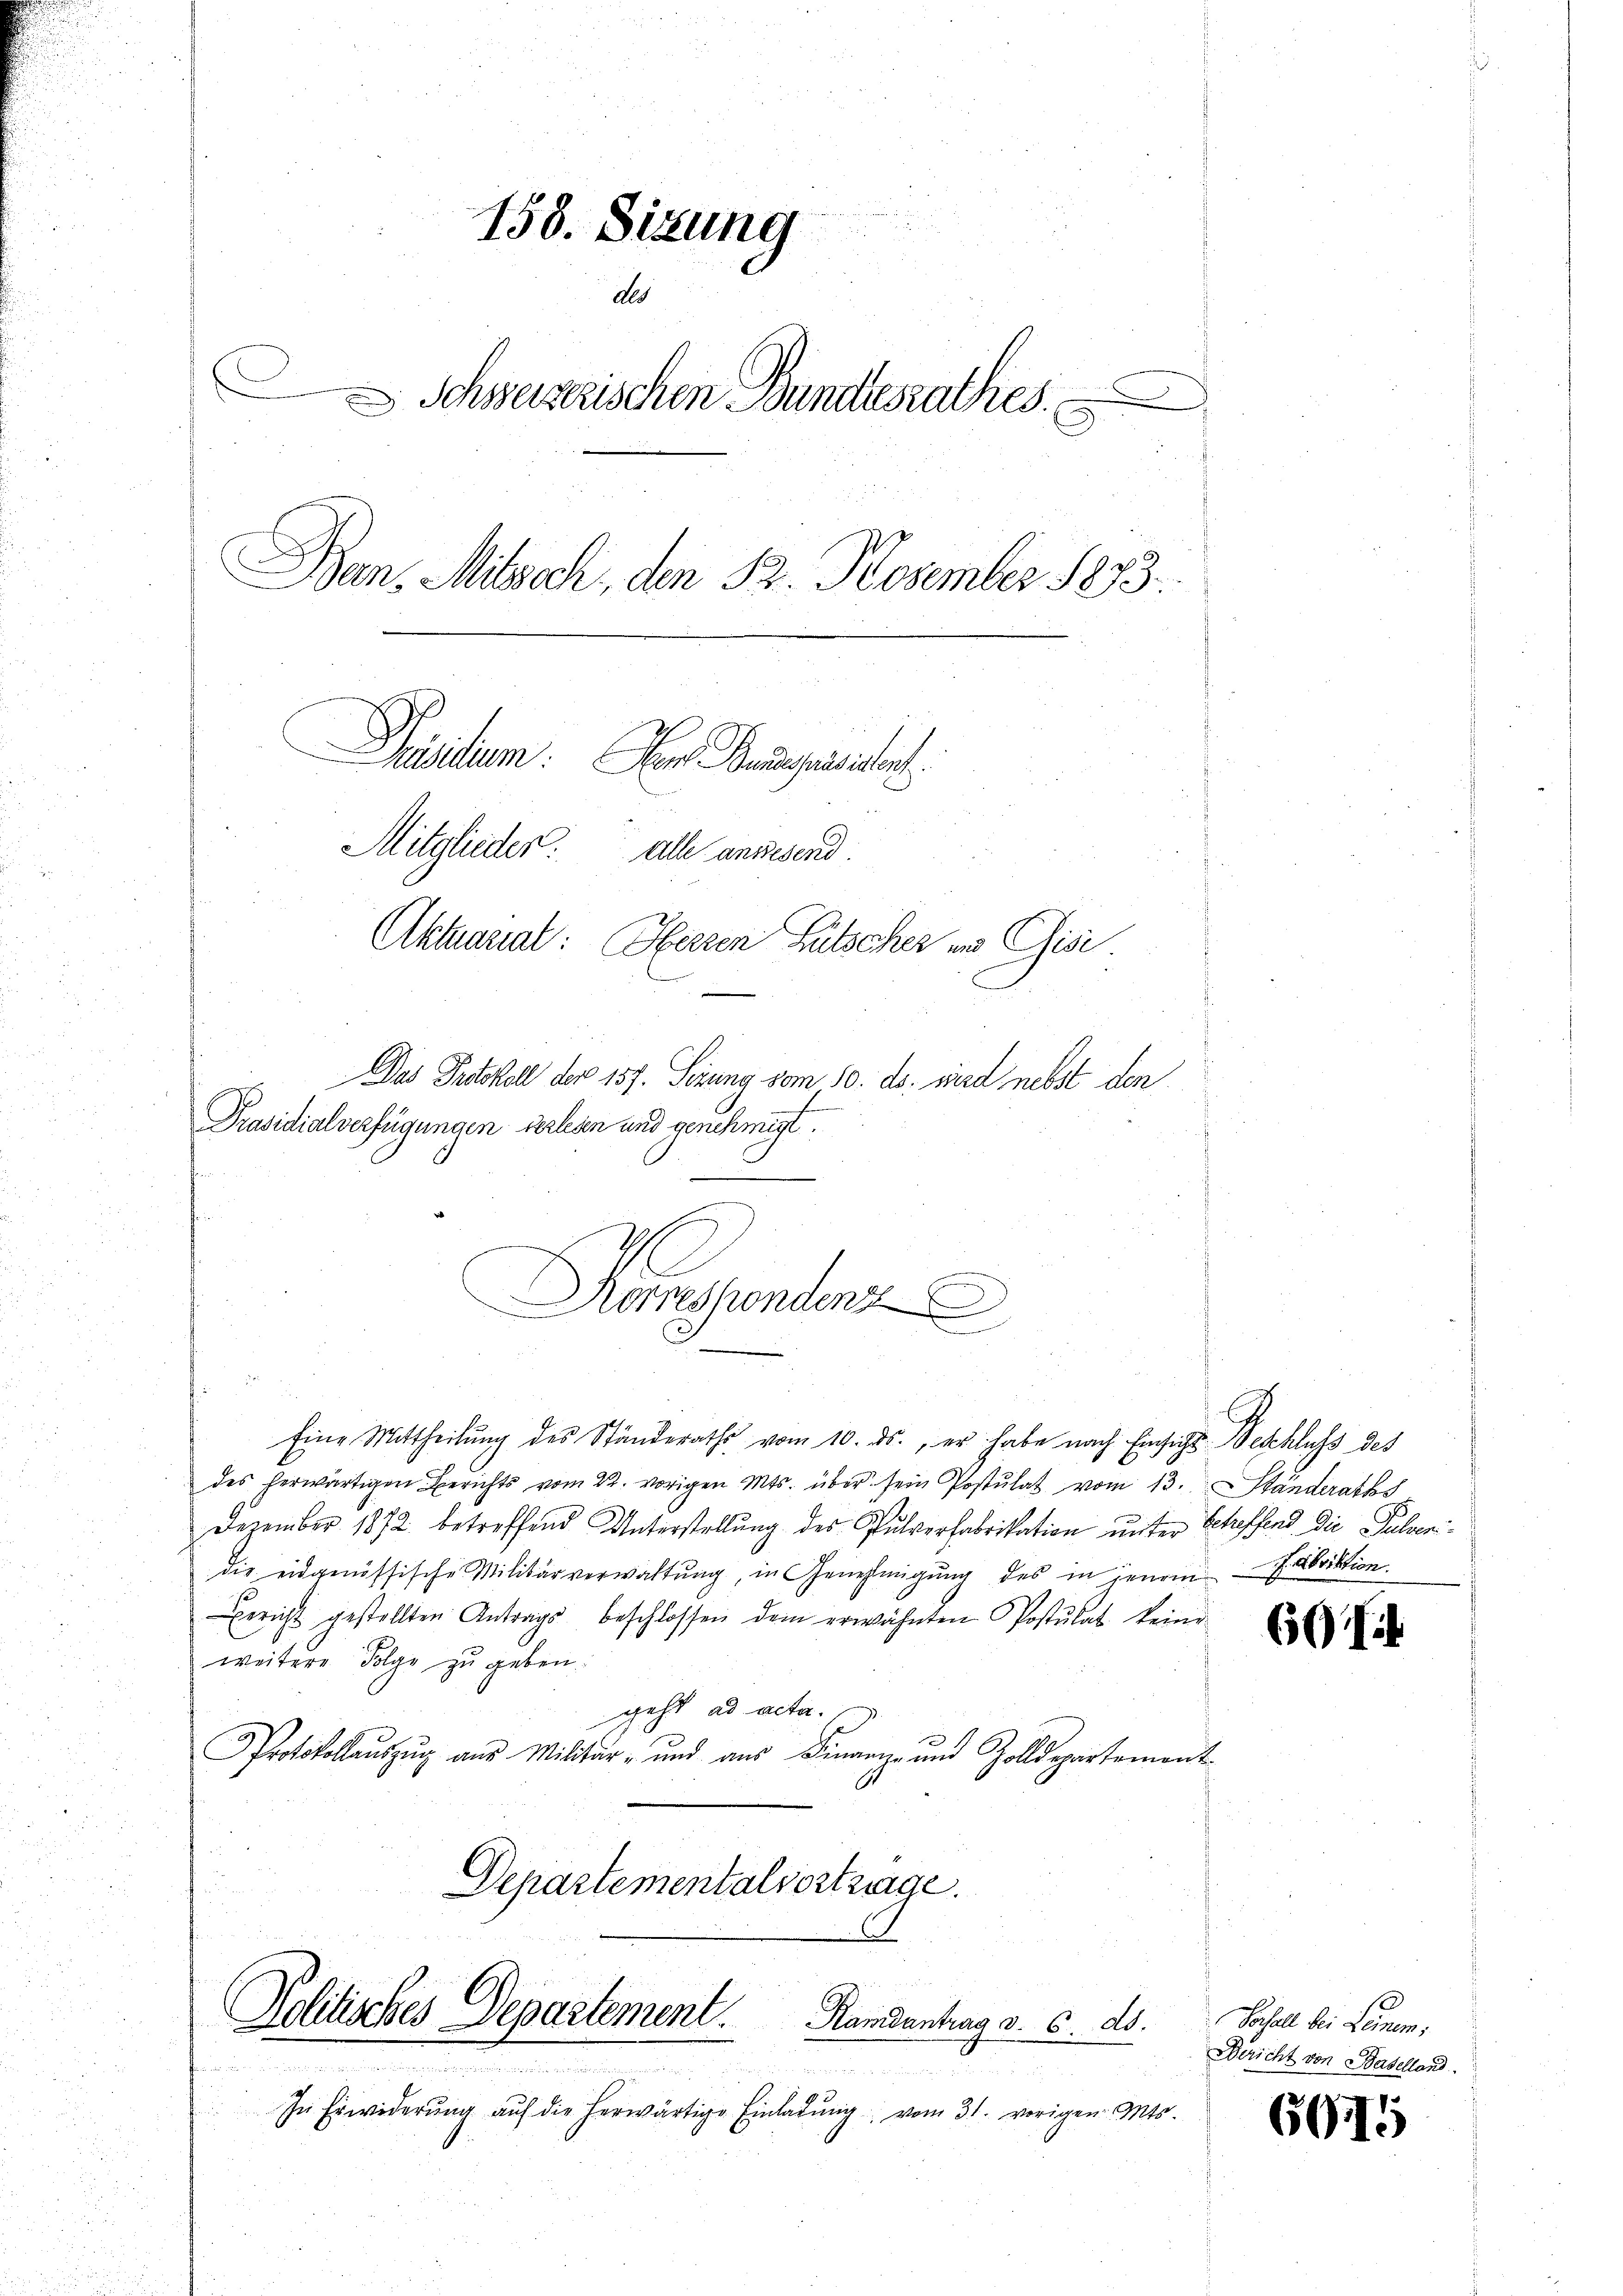
d
158. Sizung
dls
D
Schweizerischen Bundesrathes
Ban, Mitsch, den 12. November 1873.
Preisitum. Der Baupräsident:
Mitglieder. Alle anwesend.
Aktuariat: Herzen Gutscher und Gisi
Das Protokoll der 157. Sezung vom 10. ds. wird nebst den

Präsidialverfügungen verlesen und genehmigt.

Kessendenz
e

Eine Mittheilŭng des Ständeraths vom 10. ds., er habe nach Einsiche Beschluss des
des herwärtigen Berichts vom 22. vorigen Mts. über sein Postulat vom 13. Ständeraths
Dezember 1872 betreffend Unterstellung des Pulverfabrikation unter Scheffend die Pulven
die eidgenössische Militärverwaltŭng, in Genehmigŭng des in jenem Fabriktion
Bericht gestellten Antrags beschlossen dem erwähnten Postulat keine
weitere Folge zu geben.
geht ad acta.
Protokollaŭszŭg aŭs Militär- und aŭs Finanz- und Zolldepartement
Departementalvertrage.

.
Politisches Departement. Handantrag v. 6. ds.

n
In Erwiderŭng aŭf die herwärtige Einladŭng vom 31. vorigen Mts.

.

60f

Vochall der Leinem,
Bericht von Baselland

605